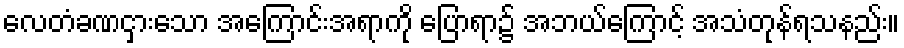
လေတံခဏငှားသော အကြောင်းအရာကို ပြောရာ၌ အဘယ်ကြောင့် အသံတုန်ရသနည်း။